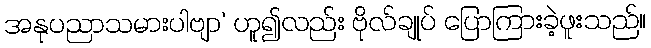
အနုပညာသမားပါဗျာ’ ဟူ၍လည်း ဗိုလ်ချုပ် ပြောကြားခဲ့ဖူးသည်။